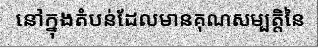
នៅក្នុងតំបន់ដែលមានគុណសម្បត្តិនៃ